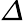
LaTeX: \varDelta